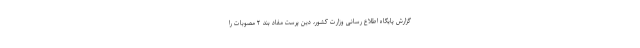
گزارش پایگاه اطلاع رسانی وزارت کشور، دین پرست مفاد بند ۲ مصوبات را